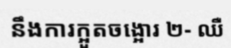
នឹងការក្អួតចង្អោរ ២- ឈឺ